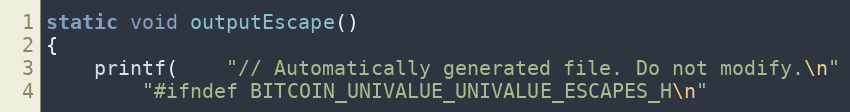
Language: C++
static void outputEscape()
{
	printf(	"// Automatically generated file. Do not modify.\n"
		"#ifndef BITCOIN_UNIVALUE_UNIVALUE_ESCAPES_H\n"